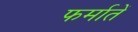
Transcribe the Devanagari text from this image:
फर्मातें